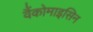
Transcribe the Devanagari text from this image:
वैंकोमाइसिन